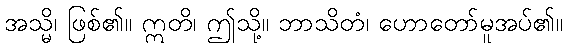
အသ္မိ၊ ဖြစ်၏။ ဣတိ၊ ဤသို့။ ဘာသိတံ၊ ဟောတော်မူအပ်၏။